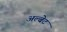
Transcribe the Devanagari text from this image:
अल्बेट